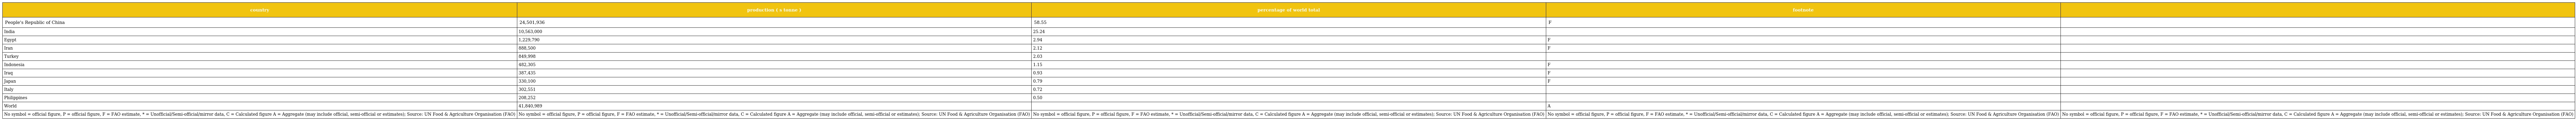
| country | production ( s tonne ) | percentage of world total | footnote |  |
 | --- | --- | --- | --- | --- |
 | People's Republic of China | 24,501,936 | 58.55 | F |  |
 | India | 10,563,000 | 25.24 |  |  |
 | Egypt | 1,229,790 | 2.94 | F |  |
 | Iran | 888,500 | 2.12 | F |  |
 | Turkey | 849,998 | 2.03 |  |  |
 | Indonesia | 482,305 | 1.15 | F |  |
 | Iraq | 387,435 | 0.93 | F |  |
 | Japan | 330,100 | 0.79 | F |  |
 | Italy | 302,551 | 0.72 |  |  |
 | Philippines | 208,252 | 0.50 |  |  |
 | World | 41,840,989 |  | A |  |
 | No symbol = official figure, P = official figure, F = FAO estimate, * = Unofficial/Semi-official/mirror data, C = Calculated figure A = Aggregate (may include official, semi-official or estimates); Source: UN Food & Agriculture Organisation (FAO) | No symbol = official figure, P = official figure, F = FAO estimate, * = Unofficial/Semi-official/mirror data, C = Calculated figure A = Aggregate (may include official, semi-official or estimates); Source: UN Food & Agriculture Organisation (FAO) | No symbol = official figure, P = official figure, F = FAO estimate, * = Unofficial/Semi-official/mirror data, C = Calculated figure A = Aggregate (may include official, semi-official or estimates); Source: UN Food & Agriculture Organisation (FAO) | No symbol = official figure, P = official figure, F = FAO estimate, * = Unofficial/Semi-official/mirror data, C = Calculated figure A = Aggregate (may include official, semi-official or estimates); Source: UN Food & Agriculture Organisation (FAO) | No symbol = official figure, P = official figure, F = FAO estimate, * = Unofficial/Semi-official/mirror data, C = Calculated figure A = Aggregate (may include official, semi-official or estimates); Source: UN Food & Agriculture Organisation (FAO) |